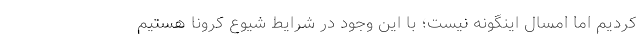
کردیم اما امسال اینگونه نیست؛ با این وجود در شرایط شیوع کرونا هستیم